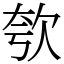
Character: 㰭